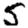
Digit: 5